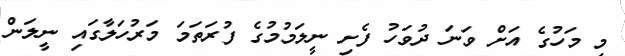
މި މަހުގެ އަށް ވަނަ ދުވަހު ފެށި ނީލަމުމުގެ ފުރަތަމަ މަރުހަލާގައި ނީލަން